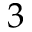
3